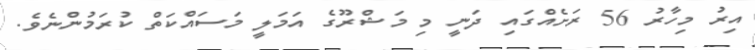
އިރު މިހާރު 56 ރަށެއްގައި ދަނީ މި މަޝްރޫގެ އަމަލީ މަސައްކަތް ކުރަމުންނެވެ.